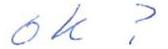
OK?